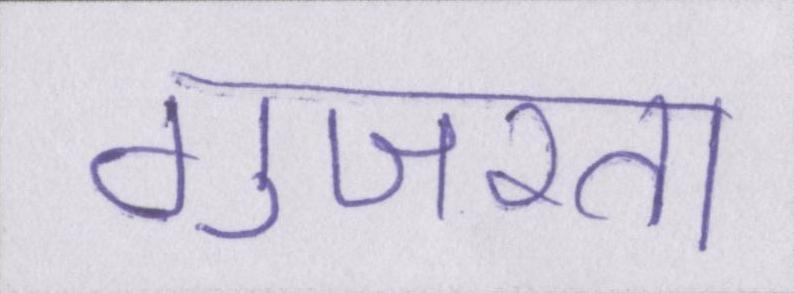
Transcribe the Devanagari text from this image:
गुजरता